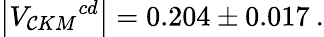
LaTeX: \left|{V_{\mathcal{C}KM}}^{cd}\right|=0.204\pm0.017\: .